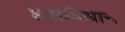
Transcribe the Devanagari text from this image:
४संविधान